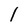
Character: 1